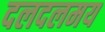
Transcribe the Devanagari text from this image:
दलदलमय